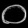
Digit: ၀